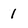
Character: 1